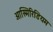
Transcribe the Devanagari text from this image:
आस्मिरिडियम